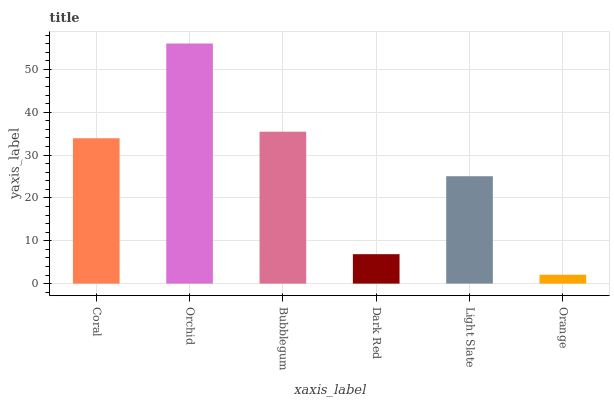
| xaxis_label | bars |
 | --- | --- |
 | Coral | 33.9 |
 | Orchid | 56 |
 | Bubblegum | 35.5 |
 | Dark Red | 6.87 |
 | Light Slate | 25.1 |
 | Orange | 2.08 |